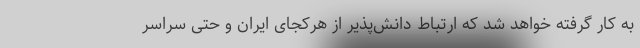
به کار گرفته خواهد شد که ارتباط دانش‌پذیر از هرکجای ایران و حتی سراسر